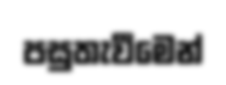
පසුතැවීමෙන්